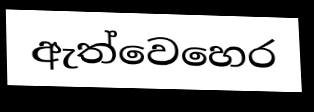
ඇත්වෙහෙර